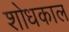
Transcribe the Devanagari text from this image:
शोधकाल